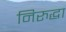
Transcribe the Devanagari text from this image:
निरुद्धा